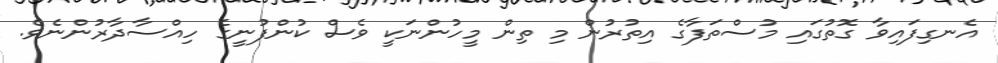
އެނގިފައިވާ ގޮތުގައި މުސްތަފާގެ އިތުރުން މި ތިން މީހުންނަކީ ވެސް ކުންފުނީގެ ހިއްސާދާރުންނެވެ.